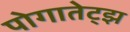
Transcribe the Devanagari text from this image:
पोगातेट्झ